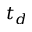
t _ { d }